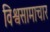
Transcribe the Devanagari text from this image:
विश्वसामाचार